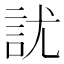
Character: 訧